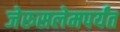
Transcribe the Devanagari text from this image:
जेरुसलेमपर्यंत